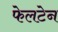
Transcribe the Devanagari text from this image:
फेलटेन